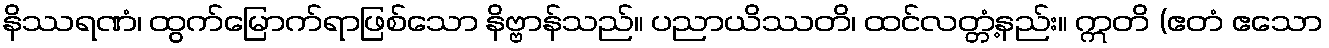
နိဿရဏံ၊ ထွက်မြောက်ရာဖြစ်သော နိဗ္ဗာန်သည်။ ပညာယိဿတိ၊ ထင်လတ္တံ့နည်း။ ဣတိ (ဧတံ ဧသော